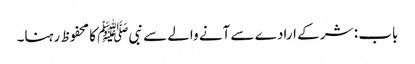
باب : شر کے ارادے سے آنے والے سے نبیﷺ کا محفوظ رہنا۔